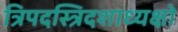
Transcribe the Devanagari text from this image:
त्रिपदस्त्रिदशाध्यक्षो